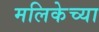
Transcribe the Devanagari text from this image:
मलिकेच्या